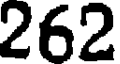
262